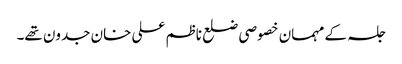
جلسہ کے مہمان خصوصی ضلع ناظم علی خان جدون تھے۔